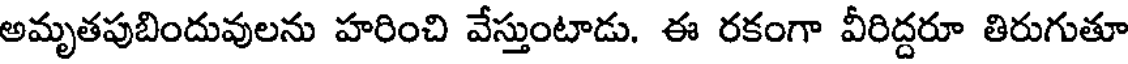
అమృతపుబిందువులను హరించి వేస్తుంటాడు. ఈ రకంగా వీరిద్దరూ తిరుగుతూ